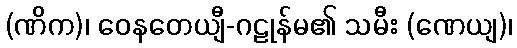
(ဏိက)၊ ဝေနတေယျီ-ဂဠုန်မ၏ သမီး (ဏေယျ)၊